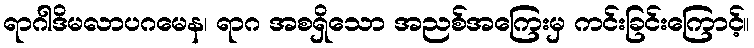
ရာဂါဒိမလာပဂမေန၊ ရာဂ အစရှိသော အညစ်အကြေးမှ ကင်းခြင်းကြောင့်။